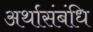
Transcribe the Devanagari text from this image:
अर्थासंबंधि